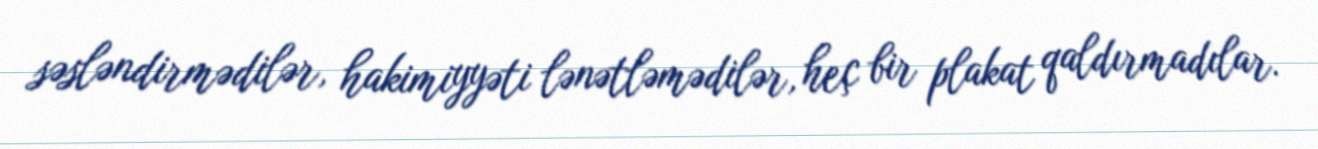
səsləndirmədilər, hakimiyyəti lənətləmədilər, heç bir plakat qaldırmadılar.